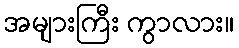
အများကြီး ကွာလား။